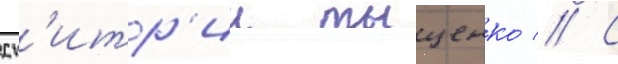
дм'итр'ии тыщенко // С